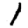
Digit: 1